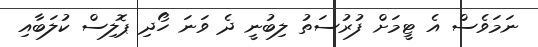
ނަމަވެސް އެ ޓީމަށް ފުރުސަތު ލިބުނީ ދެ ވަނަ ހޯދި ޕޮލިސް ކުލަބާއި